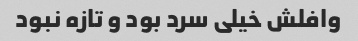
وافلش خیلی سرد بود و تازه نبود